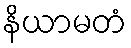
နိယာမတံ